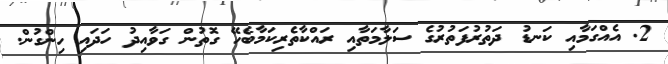
2. އެއްގަމާއި ކަނޑު ދަތުރުފަތުރުގެ ސަލާމަތާއި ރައްކާތެރިކަމާބެހޭ ގޮތުން ގަވާއިދު ހަދައި ހިންގުން.